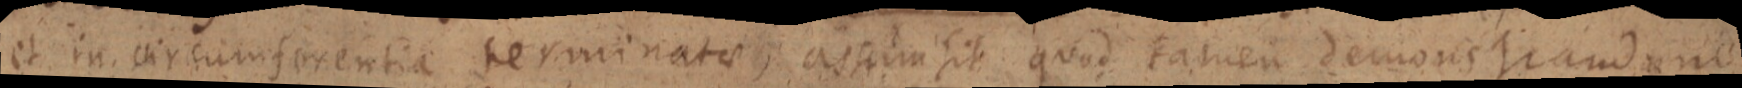
et in circumferentia terminatae aenim sit quod tamen demonstrand ne